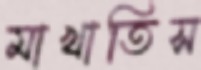
মাখাতিস